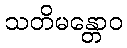
သတိမန္တောဝ